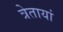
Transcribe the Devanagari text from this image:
त्रेतायां